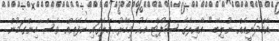
އާމްދަނީއެއް ނުލިބޭ." އާއިލާގެ ސަޕޯޓާ އެކު މިހާރު މާލޭގައި ކެފޭއެއް ވެސް ހިންގަމުން